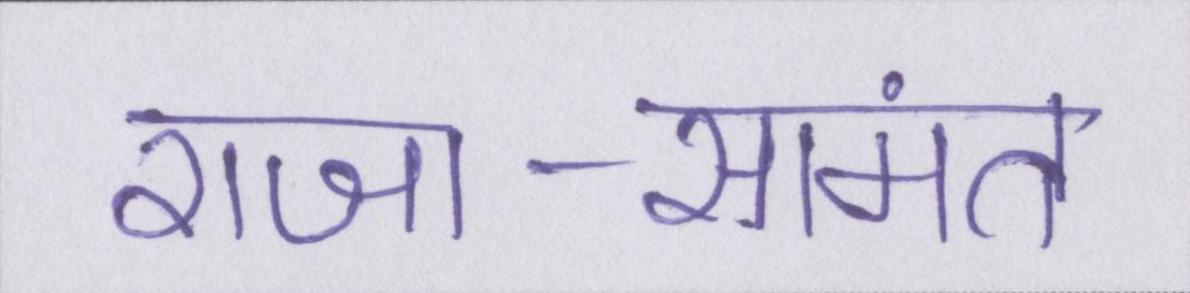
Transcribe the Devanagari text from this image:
राजा-सामंत